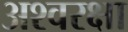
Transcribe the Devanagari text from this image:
अश्वरक्षा